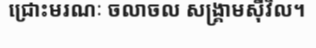
ជ្រោះមរណៈ ចលាចល សង្គ្រាមស៊ីវិល។